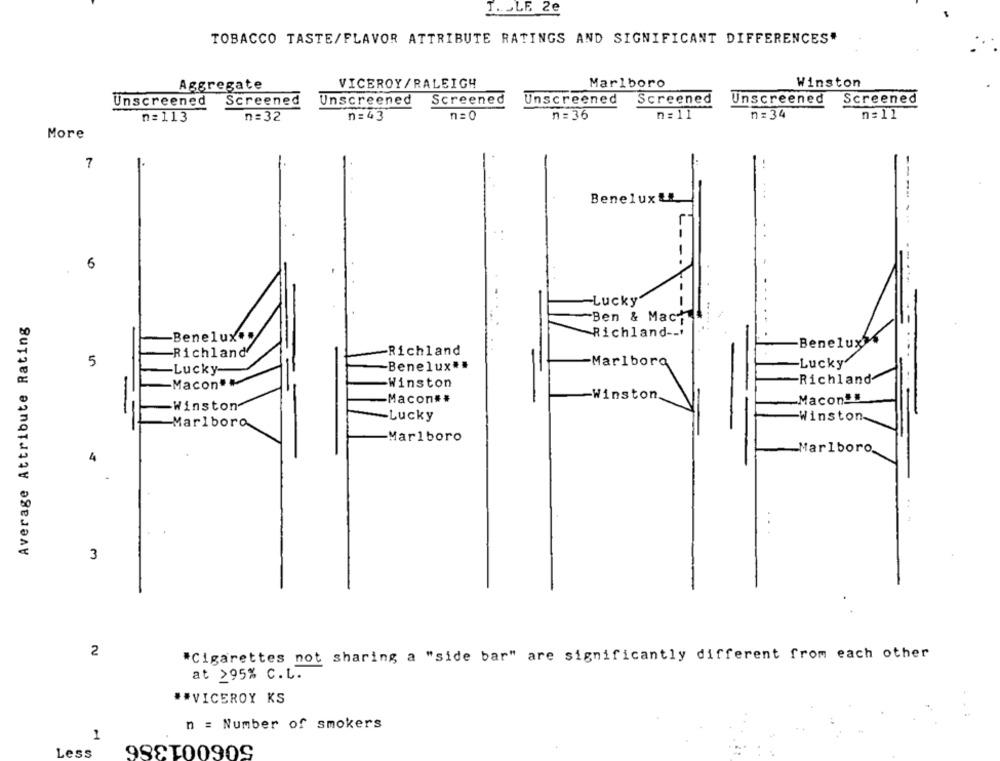
I ... LE 2e
TOBACCO TASTE/FLAVOR ATTRIBUTE RATINGS AND SIGNIFICANT DIFFERENCES"
Marlboro
Winston
Aggregate
VICEROY/RALEIGH
Screened
Screened
Screened
Unscreened
Screened
Unscreened
Unscreened
Unscreened
n= 0
n=113
n= 32
n= 43
n = 36
n= 11
n= 34
n= 11
More
7
Benelux&E
...
L
--
6
-
Lucky
Average Attribute Rating
-Ben & Mach
Richland --.
Benelux ..
Beneluxy
-Richland
Richland
5
Benelux **
Marlboro
-Lucky'
Lucky-
Richland
Macon **
-Winston
Winston.
-Macon##
Macon !!
-Winston-
-Lucky
Winston
Marlboro
Marlboro
Marlboro.
4
....
3
2
"Cigarettes not sharing a "side bar" are significantly different from each other
at >95% C.L.
** VICEROY KS
n = Number of smokers
1
506001386
Less